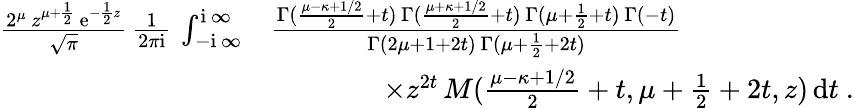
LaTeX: \begin{array}{r}{\begin{array}{rl}{\frac{2^{\mu}\, z^{\mu+\frac{1}{2}}\, \mathrm{e}^{-\frac{1}{2}z}}{\sqrt{\pi}}\, \frac{1}{2\pi\mathrm{i}}\, \int_{-\mathrm{i}\, \infty}^{\mathrm{i}\, \infty}}&{\frac{\Gamma(\frac{\mu-\kappa+1/2}{2}+t)\, \Gamma(\frac{\mu+\kappa+1/2}{2}+t)\, \Gamma(\mu+\frac{1}{2}+t)\, \Gamma(-t)}{\Gamma(2\mu+1+2t)\, \Gamma(\mu+\frac{1}{2}+2t)}}\\ &{\qquad\qquad\times z^{2t}\, M(\frac{\mu-\kappa+1/2}{2}+t,\mu+\frac{1}{2}+2t,z)\, \mathrm{d}t\ .}\end{array}}\end{array}